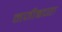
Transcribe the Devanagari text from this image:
नजीबच्या